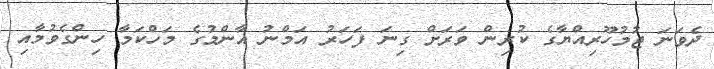
ދެވަނަ ޖުމުހޫރިއްޔާގެ ކުރިން ވަރަށް ގިނަ ފަަހަރު އަމްނު އާންމުގެ މަހްކަމާ ހިންގެވުމާއި